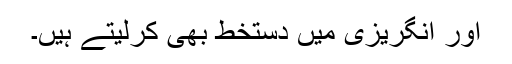
اور انگریزی میں دستخط بھی کرلیتے ہیں۔